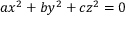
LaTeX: a x ^ { 2 } + b y ^ { 2 } + c z ^ { 2 } = 0